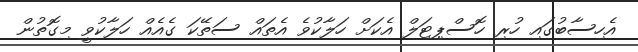
އެހިސާބުގައި ހުރި ހޮސްޕިޓަލް އެކަށް ހަލާކުވެ އެތައް ސަތޭކަ ގެއެއް ހަލާކުވީ މިގޮތުން